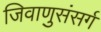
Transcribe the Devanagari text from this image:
जिवाणुसंसर्ग